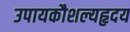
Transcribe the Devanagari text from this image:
उपायकौशल्यहृदय